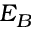
E _ { B }